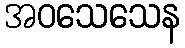
အဝသေသေန